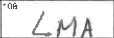
Transcription: LMA